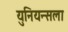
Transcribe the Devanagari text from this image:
युनियन्सला